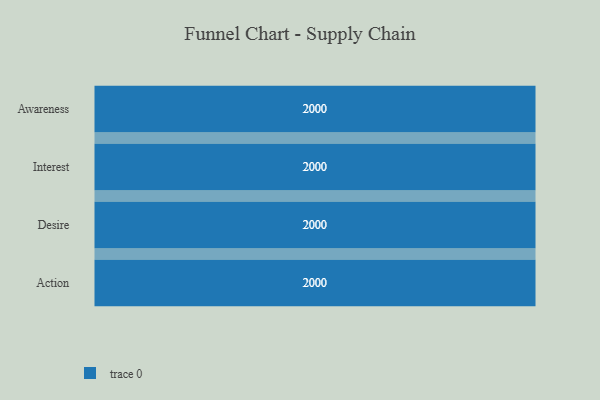
{"axis": {"x": "Stage", "y": "Value"}, "legend": [""], "data": [{"x": "Awareness", "y": 2000, "type": ""}, {"x": "Interest", "y": 2000, "type": ""}, {"x": "Desire", "y": 2000, "type": ""}, {"x": "Action", "y": 2000, "type": ""}]}